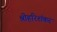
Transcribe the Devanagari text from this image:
श्रीहरिशंकर